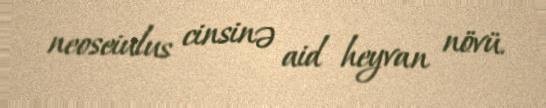
neoseiulus cinsinə aid heyvan növü.